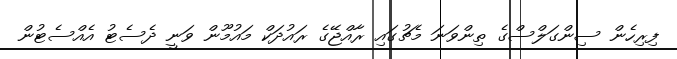
ފިރިހެން ސިންގަލްސްގެ ތިންވަނަ މެޗުގައި ރާއްޖޭގެ ރައުދަކް މައުމޫން ވަނީ ދެސެޓު އެއްސެޓުން